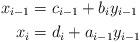
LaTeX: \begin{align*}x_{i-1} & = c_{i-1} + b_iy_{i-1} \\x_i & = d_i + a_{i-1} y_{i-1}\end{align*}